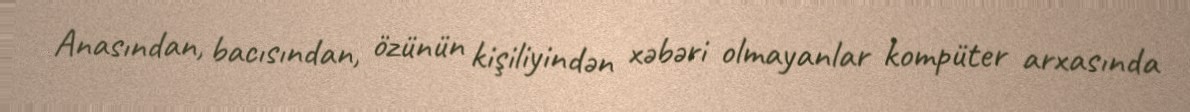
Anasından, bacısından, özünün kişiliyindən xəbəri olmayanlar kompüter arxasında